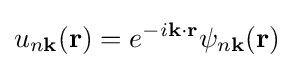
u_{n\mathbf {k} }(\mathbf {r} )=e^{-i\mathbf {k} \cdot \mathbf {r} }\psi _{n\mathbf {k} }(\mathbf {r} )